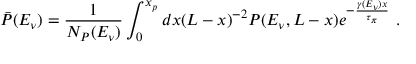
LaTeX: \bar { P } ( E _ { \nu } ) = \frac { 1 } { N _ { P } ( E _ { \nu } ) } \int _ { 0 } ^ { x _ { p } } d x ( L - x ) ^ { - 2 } P ( E _ { \nu } , L - x ) e ^ { - \frac { \gamma ( E _ { \nu } ) x } { \tau _ { \pi } } } ~ .